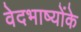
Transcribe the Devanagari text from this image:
वेदभाष्योंके